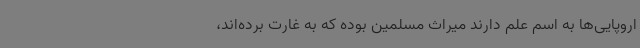
اروپایی‌ها به اسم علم دارند میراث مسلمین بوده که به غارت برده‌اند،